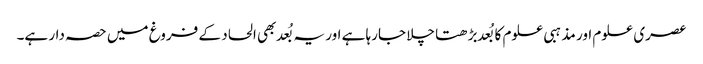
عصری علوم اور مذہبی علوم کا بُعد بڑھتا چلا جارہا ہے اور یہ بُعد بھی الحاد کے فروغ میں حصہ دار ہے۔